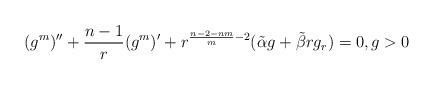
LaTeX: \begin{align*}(g^m)''+\frac{n-1}{r}(g^m)' +r^{\frac{n-2-nm}{m}-2}(\tilde\alpha g+\tilde\beta r g_{r})=0,g>0\end{align*}